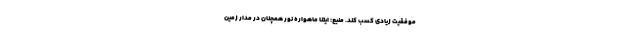
موفقیت زیادی کسب کند. منبع: ایتنا ماهواره نور همچنان در مدار زمین